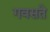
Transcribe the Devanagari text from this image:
गवसते